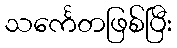
သင်္ကေတဖြစ်ပြီး